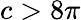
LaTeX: c>8\pi